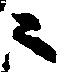
ニ